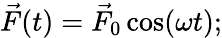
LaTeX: \vec{F}(t)=\vec{F}_{0}\cos(\omega t);